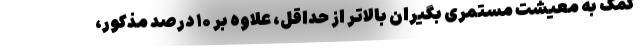
کمک به معیشت مستمری بگیران بالاتر از حداقل، علاوه بر ۱۰ درصد مذکور،